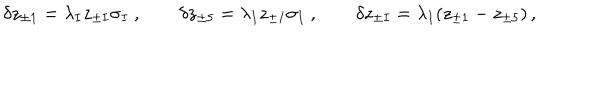
\delta z _ { \pm 1 } = \lambda _ { I } z _ { \pm I } \sigma _ { I } ~ , \qquad \delta z _ { \pm 5 } = \lambda _ { I } z _ { \pm I } \sigma _ { I } ~ , \qquad \delta z _ { \pm I } = \lambda _ { I } ( z _ { \pm 1 } - z _ { \pm 5 } ) \, ,